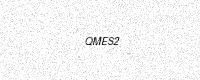
Text: QMES2